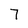
Character: 7